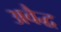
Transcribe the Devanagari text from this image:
अवैद्ध